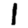
Digit: 1